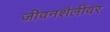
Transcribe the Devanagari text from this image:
जीवनशैलींवर